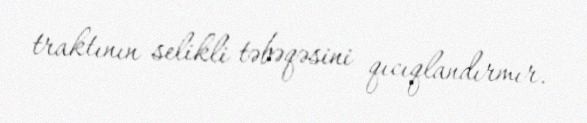
traktının selikli təbəqəsini qıcıqlandırmır.